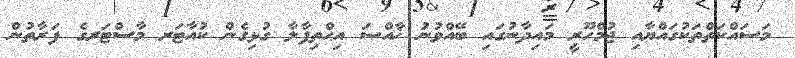
މަސައްކަތްތަކުގައްޔާއި ޖުމްހޫރީ މައިދާނުގައި ބޭއްވުނު ޚާއްޞަ އިޙްތިފާލާ ގުޅިގެން ކުއާޓަރ މާސްޓަރގެ ފަރާތުން